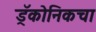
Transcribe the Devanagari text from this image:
ड्रॅकोनिकचा